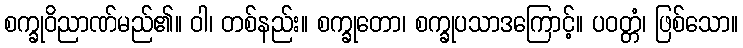
စက္ခုဝိညာဏ်မည်၏။ ဝါ၊ တစ်နည်း။ စက္ခုတော၊ စက္ခုပသာဒကြောင့်။ ပဝတ္တံ၊ ဖြစ်သော။